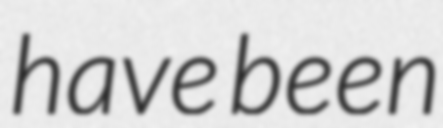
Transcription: have been